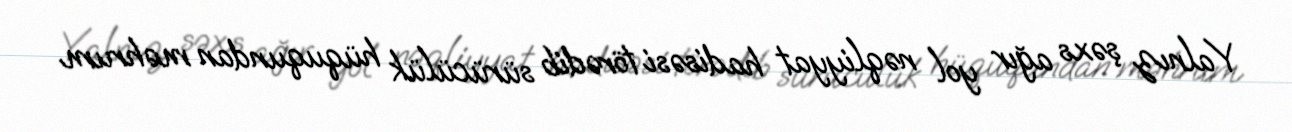
Yalnız şəxs ağır yol nəqliyyat hadisəsi törədib sürücülük hüququndan məhrum